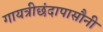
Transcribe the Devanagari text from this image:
गायत्रीछंदापासौनी